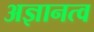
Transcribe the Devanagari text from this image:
अज्ञानत्व